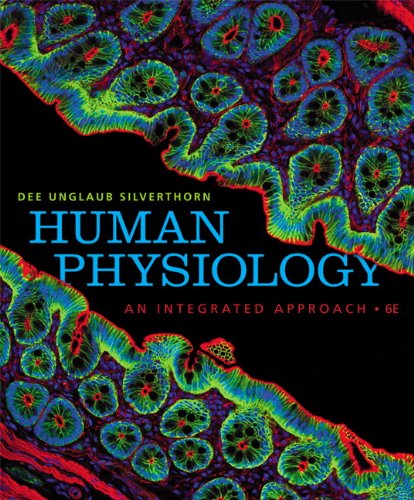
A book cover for Human Physiology: An Integrated Approach (6th Edition); Dee Unglaub Silverthorn; Medical Books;